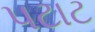
પટાટ